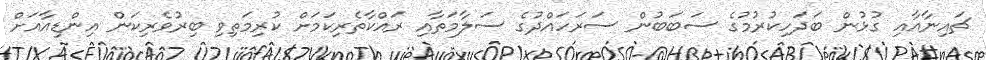
ޗައިނާއާއި ގުޅުން ބަދަހިކުރުމުގެ ސަބަބުން ސަރަހައްދުގެ ސަލާމަތާއި ރައްކާތެރިކަމަށް ކުރިމަތިވި ބިރުވެރިކަން އިންޑިއާއަށް